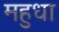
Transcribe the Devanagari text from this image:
महुधा